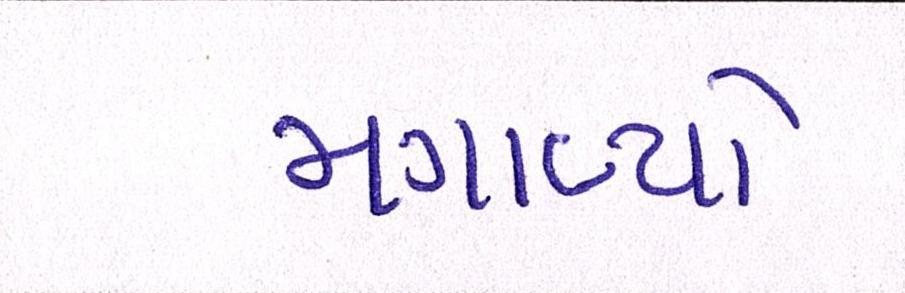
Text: મગાવ્યો